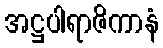
အဋ္ဌပါရာဇိကာနံ